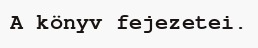
A könyv fejezetei.